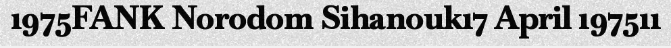
1975FANK Norodom Sihanouk17 April 197511